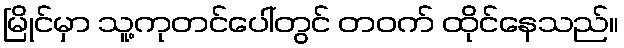
မြိုင်မှာ သူ့ကုတင်ပေါ်တွင် တဝက် ထိုင်နေသည်။